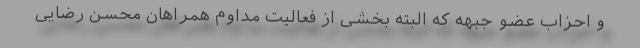
و احزاب عضو جبهه که البته بخشی از فعالیت مداوم همراهان محسن رضایی